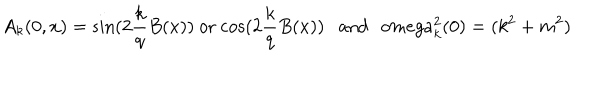
LaTeX: A _ { k } ( 0 , x ) = \mathrm { s i n } ( 2 \frac { k } { q } B ( x ) ) \ \mathrm { o r } \ \mathrm { c o s } ( 2 \frac { k } { q } B ( x ) ) \ \ \ \mathrm { a n d } \ \ \, o m e g a _ { k } ^ { 2 } ( 0 ) = ( k ^ { 2 } + m ^ { 2 } )